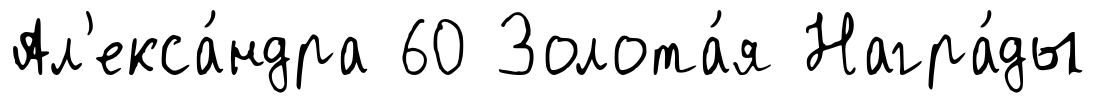
Ал'екса́ндра 60 Золота́я Награ́ды